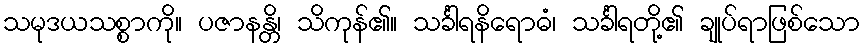
သမုဒယသစ္စာကို။ ပဇာနန္တိ၊ သိကုန်၏။ သင်္ခါရနိရောဓံ၊ သင်္ခါရတို့၏ ချုပ်ရာဖြစ်သော